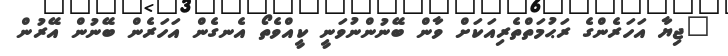
"ޖިޔާ އަހަރެންގެ ރަޙުމަތްތެރިއަކަށް ވާން ބޭނުންނުވަނީ ކީއްވެތޯ އެނގެން އަހަރެން ބޭނުން އޭރުން